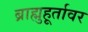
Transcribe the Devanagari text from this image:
ब्राह्मुहूर्तावर